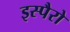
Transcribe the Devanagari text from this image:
इस्पैरो